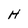
Character: H